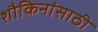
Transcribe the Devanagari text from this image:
शौकिनांसाठी